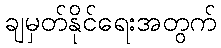
ချမှတ်နိုင်ရေးအတွက်